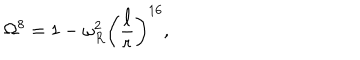
\Omega ^ { 8 } = 1 - \omega _ { R } ^ { 2 } \left( \frac { \ell } { r } \right) ^ { 1 6 } ,